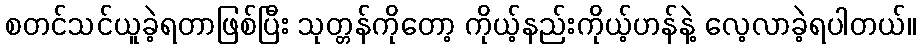
စတင်သင်ယူခဲ့ရတာဖြစ်ပြီး သုတ္တန်ကိုတော့ ကိုယ့်နည်းကိုယ့်ဟန်နဲ့ လေ့လာခဲ့ရပါတယ်။